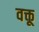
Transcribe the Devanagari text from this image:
वक्तू